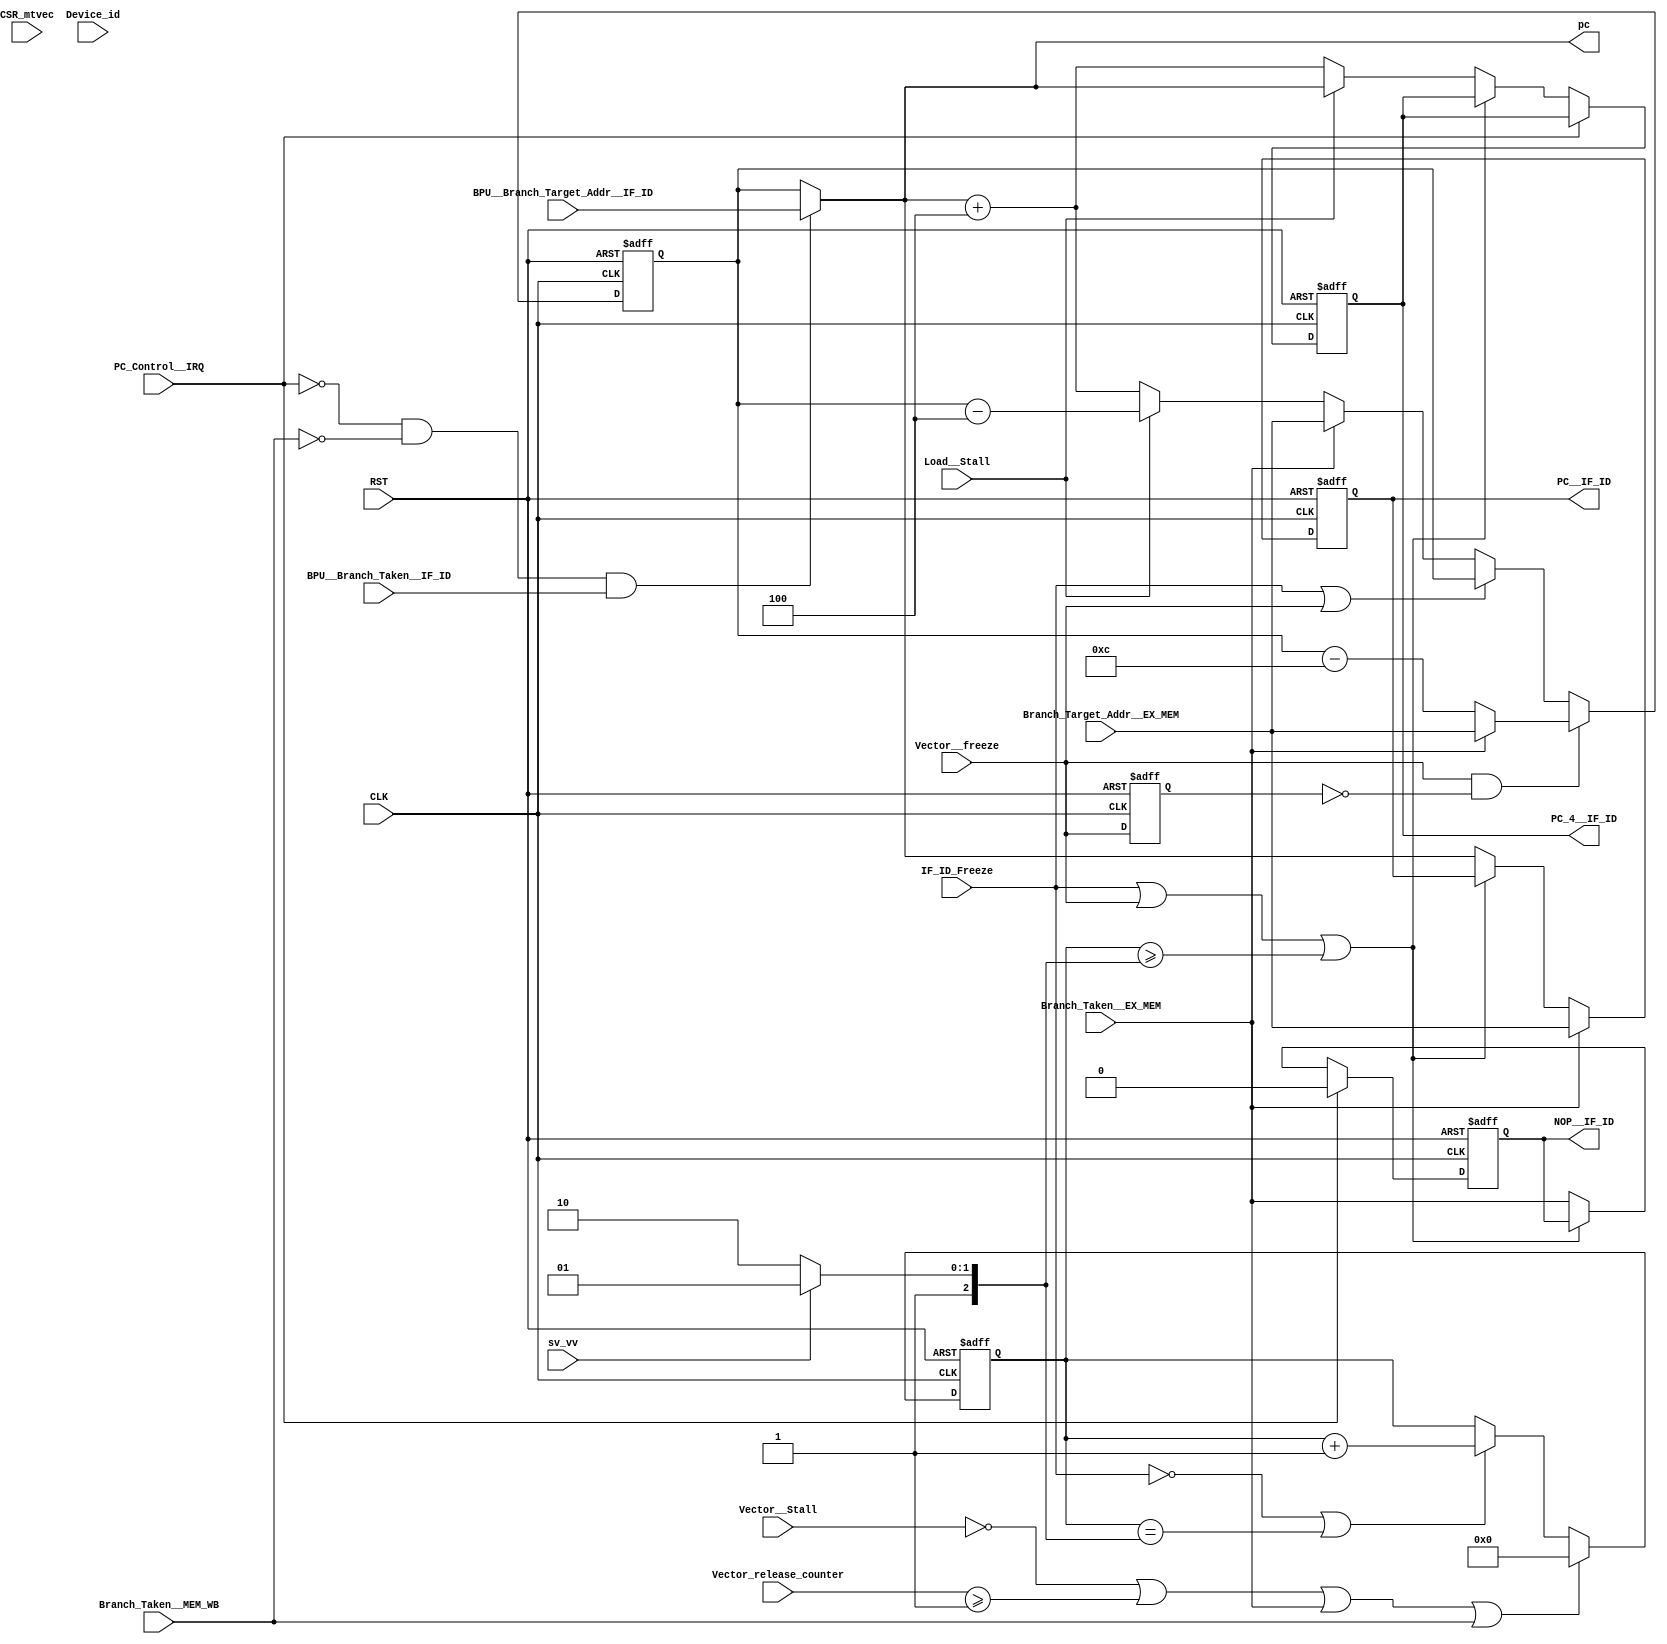
module INST_FETCH
(
    input CLK,
    input RST,

    input Branch_Taken__EX_MEM,                         //Branch decision calculated in EX stage from EX_MEM stage
    input Branch_Taken__MEM_WB,
    input [31:0] Branch_Target_Addr__EX_MEM,            //Branch Addr calculated in EX stage from EX_MEM stage
    
    input BPU__Branch_Taken__IF_ID,
    input [31:0] BPU__Branch_Target_Addr__IF_ID,
    
    input [31:0] CSR_mtvec,                             //Machine Trap-Vector Base-Address Register (mtvec)
    
    input Load__Stall,                                  //For dependancy between load and ALU instruction stall                                                                       
    input Vector__freeze,								// 
    input Vector__Stall,								// 
	input [1:0] Vector_release_counter,					// To Release Vector_counter signal;
    input IF_ID_Freeze,                                 //To freeze the IF_ID stage
    input sv_vv	,										//Scalar-Vector(1) or Vector-Vector (0)
    input PC_Control__IRQ,                              //Sets PC to interrupt vector address
    
    input [5:0] Device_id,                              //                                                                      ********    
    
    output reg [31:0] PC__IF_ID,                        //PC output for IF_ID stage
    output reg [31:0] PC_4__IF_ID,                      //PC + 4 output for IF_ID stage
    
    output reg NOP__IF_ID,                              // NOP for IF_ID stage
    
    output  [31:0] pc,
    
    `ifdef itlb_def
    output reg vpn_to_ppn_req1
    `endif
    
    
);


parameter isr_inst_count = 3;  //for n instruction (log2(n) + 2)


wire [31:0] pc4;
reg [31:0] pc_reg;
wire [31:0] ISR_ADDRESS;
reg freeze_delayed;
wire freeze_pulse;
reg [7:0] vector_count;
reg [2:0] vector_limit;
assign  pc = ((~PC_Control__IRQ) & (~Branch_Taken__MEM_WB) & BPU__Branch_Taken__IF_ID) ? BPU__Branch_Target_Addr__IF_ID : pc_reg;    //Load__Stall and IRQ functioning

assign ISR_ADDRESS = CSR_mtvec + ( Device_id << isr_inst_count );

assign  pc4 = pc + 32'd4;

always @(*) vector_limit <= sv_vv ? 5:6;


always @(posedge CLK or posedge RST) begin
    if(RST) begin
        PC__IF_ID <= 32'b00;
    end
    else begin
        if(Branch_Taken__EX_MEM) begin
            PC__IF_ID <= Branch_Target_Addr__EX_MEM;
        end
        else if(~(IF_ID_Freeze|Vector__freeze|(vector_count >= vector_limit))) begin
            PC__IF_ID <= pc; 
        end
    end
end
/////////////////////////////////////////////////////////////
//////// VECTOR COUNTER ////////////////////////////////////
// Required to Ensure that not more than 8 instructions 
// are dispatched once a Vector Stall is encountered
//
// Starts Counting when vector_stall is sensed
// 
always @(posedge CLK or posedge RST) begin
    if(RST) begin
        vector_count <= 3'b00;
    end
	else if(~Vector__Stall | (Vector_release_counter>=1)|Branch_Taken__EX_MEM|Branch_Taken__MEM_WB)
		vector_count <= 0;				// WHen Vector Unit is Not busy., Dont use counter
    else if(~(IF_ID_Freeze)|(vector_count == vector_limit)) begin
		vector_count <= vector_count + 1;
	end
end



`ifdef itlb_def
always @(posedge CLK ) begin
    if(RST) begin
        pc_reg <= 32'b00;
        //vpn_to_ppn_req1 <= 1'b1;
    end
	else if(freeze_pulse) begin
		//vpn_to_ppn_req1 <= 1'b1;
		if (IF_ID_Freeze)		
			pc_reg <= Branch_Taken__EX_MEM ? Branch_Target_Addr__EX_MEM : (pc_reg) ;	//was pc_reg -4 
		else begin
			if (vector_count == (vector_limit+1)) 
				pc_reg <= Branch_Taken__EX_MEM ? Branch_Target_Addr__EX_MEM : (pc_reg - 32'd8) ;
			else if (vector_count == (vector_limit+2))
				pc_reg <= Branch_Taken__EX_MEM ? Branch_Target_Addr__EX_MEM : (pc_reg - 32'd4) ;	
			else
            	pc_reg <= Branch_Taken__EX_MEM ? Branch_Target_Addr__EX_MEM : (pc_reg - 32'd12) ;	
			end
        end
    else if(~(IF_ID_Freeze || Vector__freeze || (vector_count >= vector_limit))) begin
        pc_reg <= Branch_Taken__EX_MEM ? Branch_Target_Addr__EX_MEM : pc4;
        //vpn_to_ppn_req1 <= 1'b1;
        end
/*    else if(~IF_ID_Freeze) begin
        pc_reg <= (Branch_Taken__EX_MEM ? Branch_Target_Addr__EX_MEM : pc4);
        vpn_to_ppn_req1 <= 1'b1;
    end*/
    else if(PC_Control__IRQ) begin
        pc_reg <=  ISR_ADDRESS;
        //vpn_to_ppn_req1 <= 1'b0;
    end
    //else begin
	//if (Vector__freeze || (vector_count >= vector_limit) || )
    //    vpn_to_ppn_req1 <= 1'b1;
	//else
    //    vpn_to_ppn_req1 <= 1'b0;
    //end
end
`else
always @(posedge CLK or posedge RST) begin
    if(RST) begin
        pc_reg <= 32'b00;
    end
    else begin
		if(freeze_pulse)
			pc_reg <= Branch_Taken__EX_MEM ? Branch_Target_Addr__EX_MEM : (pc_reg - 32'd12) ;
        else if(~(IF_ID_Freeze || Vector__freeze)) begin
            pc_reg <= (Branch_Taken__EX_MEM ? Branch_Target_Addr__EX_MEM : (Load__Stall ? (pc_reg - 32'd4) : pc4));
        end
    end
end
`endif

// Define a new process for vpn_to_ppn_req1
//always @(posedge CLK ) begin
//    if(RST)
//        vpn_to_ppn_req1 <= 1'b1;
//    else if(IF_ID_Freeze)
//        vpn_to_ppn_req1 <= 1'b0;
//    else
//        vpn_to_ppn_req1 <= 1'b1;
//end

always @(*) begin
    if (IF_ID_Freeze)
        vpn_to_ppn_req1 <= 1'b0;
    else
        vpn_to_ppn_req1 <= 1'b1;
end

always @(posedge RST or posedge CLK)
begin
    if(RST) begin
        PC_4__IF_ID <= 32'h4;
        NOP__IF_ID <= 1'b0;
    end
    else if(PC_Control__IRQ)
        NOP__IF_ID <= 1'b0;    
    else if(~(IF_ID_Freeze|Vector__freeze| (vector_count >= vector_limit))) begin
        PC_4__IF_ID <= Load__Stall ? pc : pc4;
        NOP__IF_ID <= Branch_Taken__EX_MEM;
    end
end

///////////////////////////////////////////////////
// Vector Freeze Pulse 
///////////////////////////////////////////
// Freeze Level to Pulse Converter
always @(posedge RST or posedge CLK) 
begin
	if(RST) begin
		freeze_delayed <= 0;
	   end
	else begin
		freeze_delayed <= Vector__freeze;
	end
end 
///////////////////////////////////////////
assign freeze_pulse = Vector__freeze & (~freeze_delayed);
endmodule